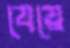
যেয়ে